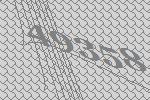
49358